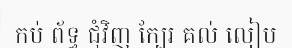
កប់ ព័ទ្ធ ជុំវិញ ក្បែរ គល់ លៀប